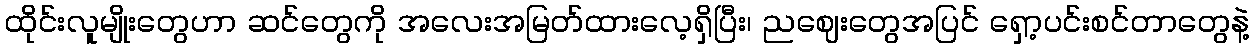
ထိုင်းလူမျိုးတွေဟာ ဆင်တွေကို အလေးအမြတ်ထားလေ့ရှိပြီး၊ ညဈေးတွေအပြင် ရှော့ပင်းစင်တာတွေနဲ့